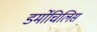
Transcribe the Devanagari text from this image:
डर्मोचिलिस